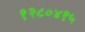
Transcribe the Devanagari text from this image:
१२८०४१५